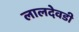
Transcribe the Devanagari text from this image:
लालदेवडी